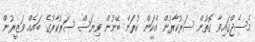
މެސެޖްގައިވާ ގޮތުން ސަރުކާރުން އެކަން ކުރަން ބޭނުން ވިޔަސް ސަރުކާރުގެ ބައެއް ވަޒީރުން